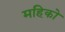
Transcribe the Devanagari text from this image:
महिको